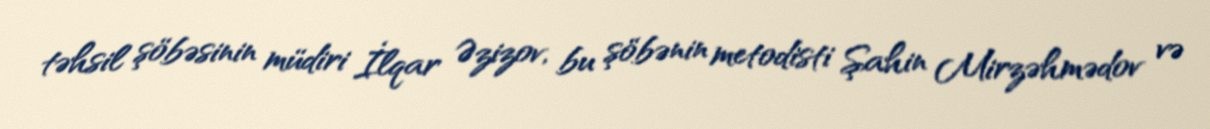
təhsil şöbəsinin müdiri İlqar Əzizov, bu şöbənin metodisti Şahin Mirzəhmədov və